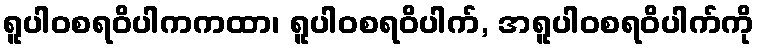
ရူပါဝစရဝိပါကကထာ၊ ရူပါဝစရဝိပါက်, အရူပါဝစရဝိပါက်ကို